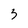
Character: 3